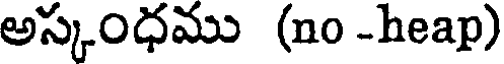
అస్కంధము (no -heap)